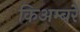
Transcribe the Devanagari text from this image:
किअम्बरे